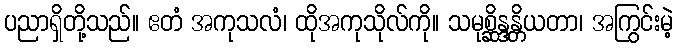
ပညာရှိတို့သည်။ ဧတံ အကုသလံ၊ ထိုအကုသိုလ်ကို။ သမုစ္ဆိန္ဒန္တိယတာ၊ အကြွင်းမဲ့